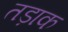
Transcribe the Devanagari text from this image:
तड़ाक